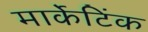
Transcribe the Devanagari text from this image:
मार्केटिंक